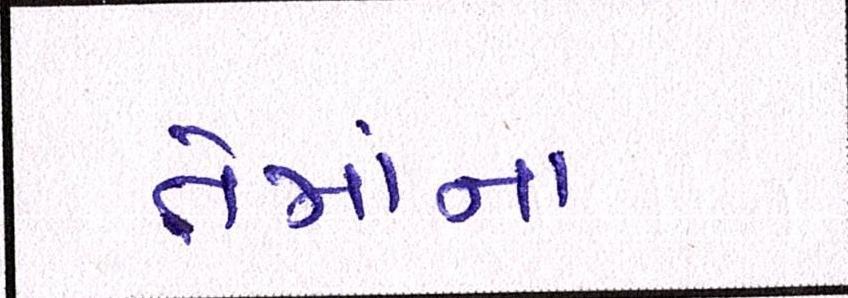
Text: તેમાંના